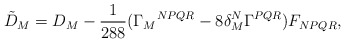
\begin{align*}{\tilde D}_{M}=D_{M}-\frac{1}{288}(\Gamma_M{}^{NPQR}-8\delta_M^N\Gamma^{PQR})F_{NPQR},\end{align*}